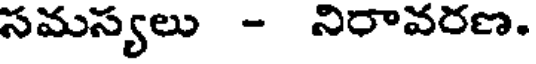
సమస్యలు - నిరావరణ.